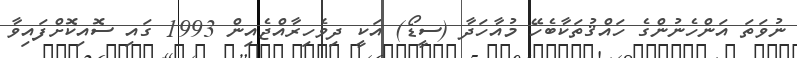
ނުވަތަ އަންހެނުންގެ ހައްޤުތަކާބެހޭ މުއާހަދާ (ސީޑޯ) އަކީ ދިވެހިރާއްޖެއިން 1993 ގައި ސޮއިކޮށްފައިވާ